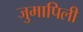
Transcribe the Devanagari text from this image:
जुमापिली